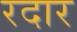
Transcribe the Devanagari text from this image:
रदार